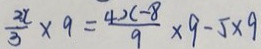
\frac { 2 x } { 3 } \times 9 = \frac { 4 x - 8 } { 9 } \times 9 - 5 \times 9